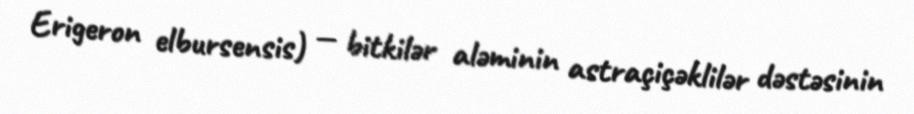
Erigeron elbursensis) — bitkilər aləminin astraçiçəklilər dəstəsinin